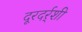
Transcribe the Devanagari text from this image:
दूरदर्र्शी